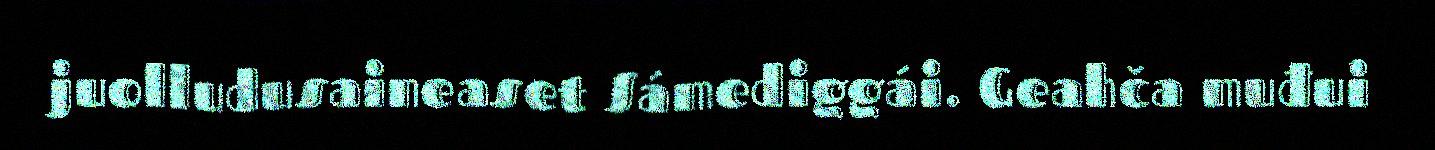
juolludusaineaset Sámediggái. Geahča muđui